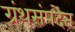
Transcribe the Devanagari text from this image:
ग्रंथसंपदेत